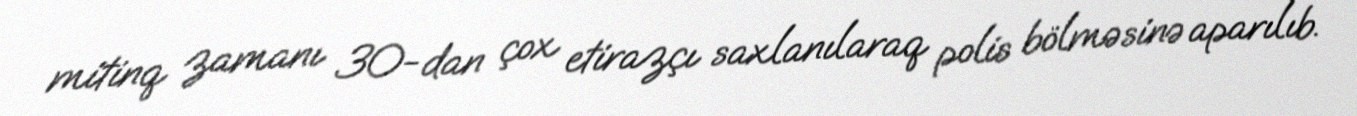
mitinq zamanı 30-dan çox etirazçı saxlanılaraq polis bölməsinə aparılıb.